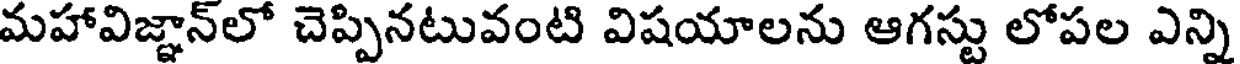
మహావిజ్ఞాన్లో చెప్పినటువంటి విషయాలను ఆగస్టు లోపల ఎన్ని